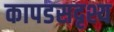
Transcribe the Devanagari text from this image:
कापडसदृश्य